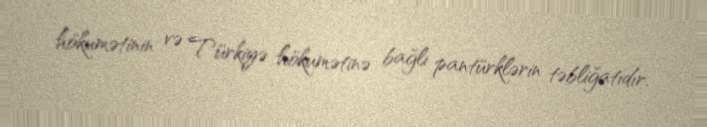
hökumətinin və Türkiyə hökumətinə bağlı pantürklərin təbliğatıdır.